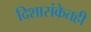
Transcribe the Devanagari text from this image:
दिशासंकेतही